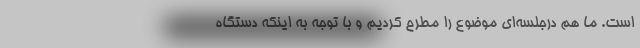
است. ما هم درجلسه‌ای موضوع را مطرح کردیم و با توجه به اینکه دستگاه